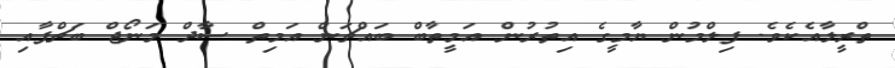
ތްރީލާއެކެވެ. ފިލްމުން ޔާމީގެ އިތުރުން އަމީތާބް ބައްޗަން އަމިތް ސާދް މަނޯޖް ބަޗްޕާއި